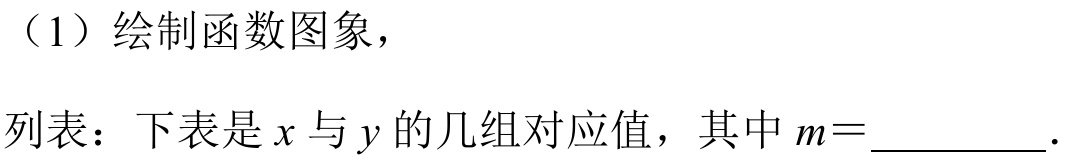
（1）绘制函数图象，
列表：下表是 \(x\) 与 \(y\) 的几组对应值，其中 \(m=\)  ．